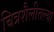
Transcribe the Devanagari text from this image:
चित्रशैलीतल्या